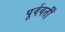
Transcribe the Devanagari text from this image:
पूर्ववर्तीं